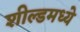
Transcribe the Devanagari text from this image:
शील्डमध्ये